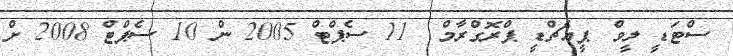
ސްޓަޑީ ލީވް		ޕީއެޗްޑީ ޕްރޮގްރާމް			11 ސެޕްޓް 2005 ން 10 ސެޕްޓް 2008 ށް